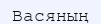
Васяның